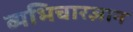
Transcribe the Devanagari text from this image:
व्यभिचारज्ञान